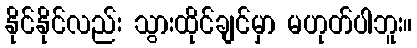
နိုင်နိုင်လည်း သွားထိုင်ချင်မှာ မဟုတ်ပါဘူး။